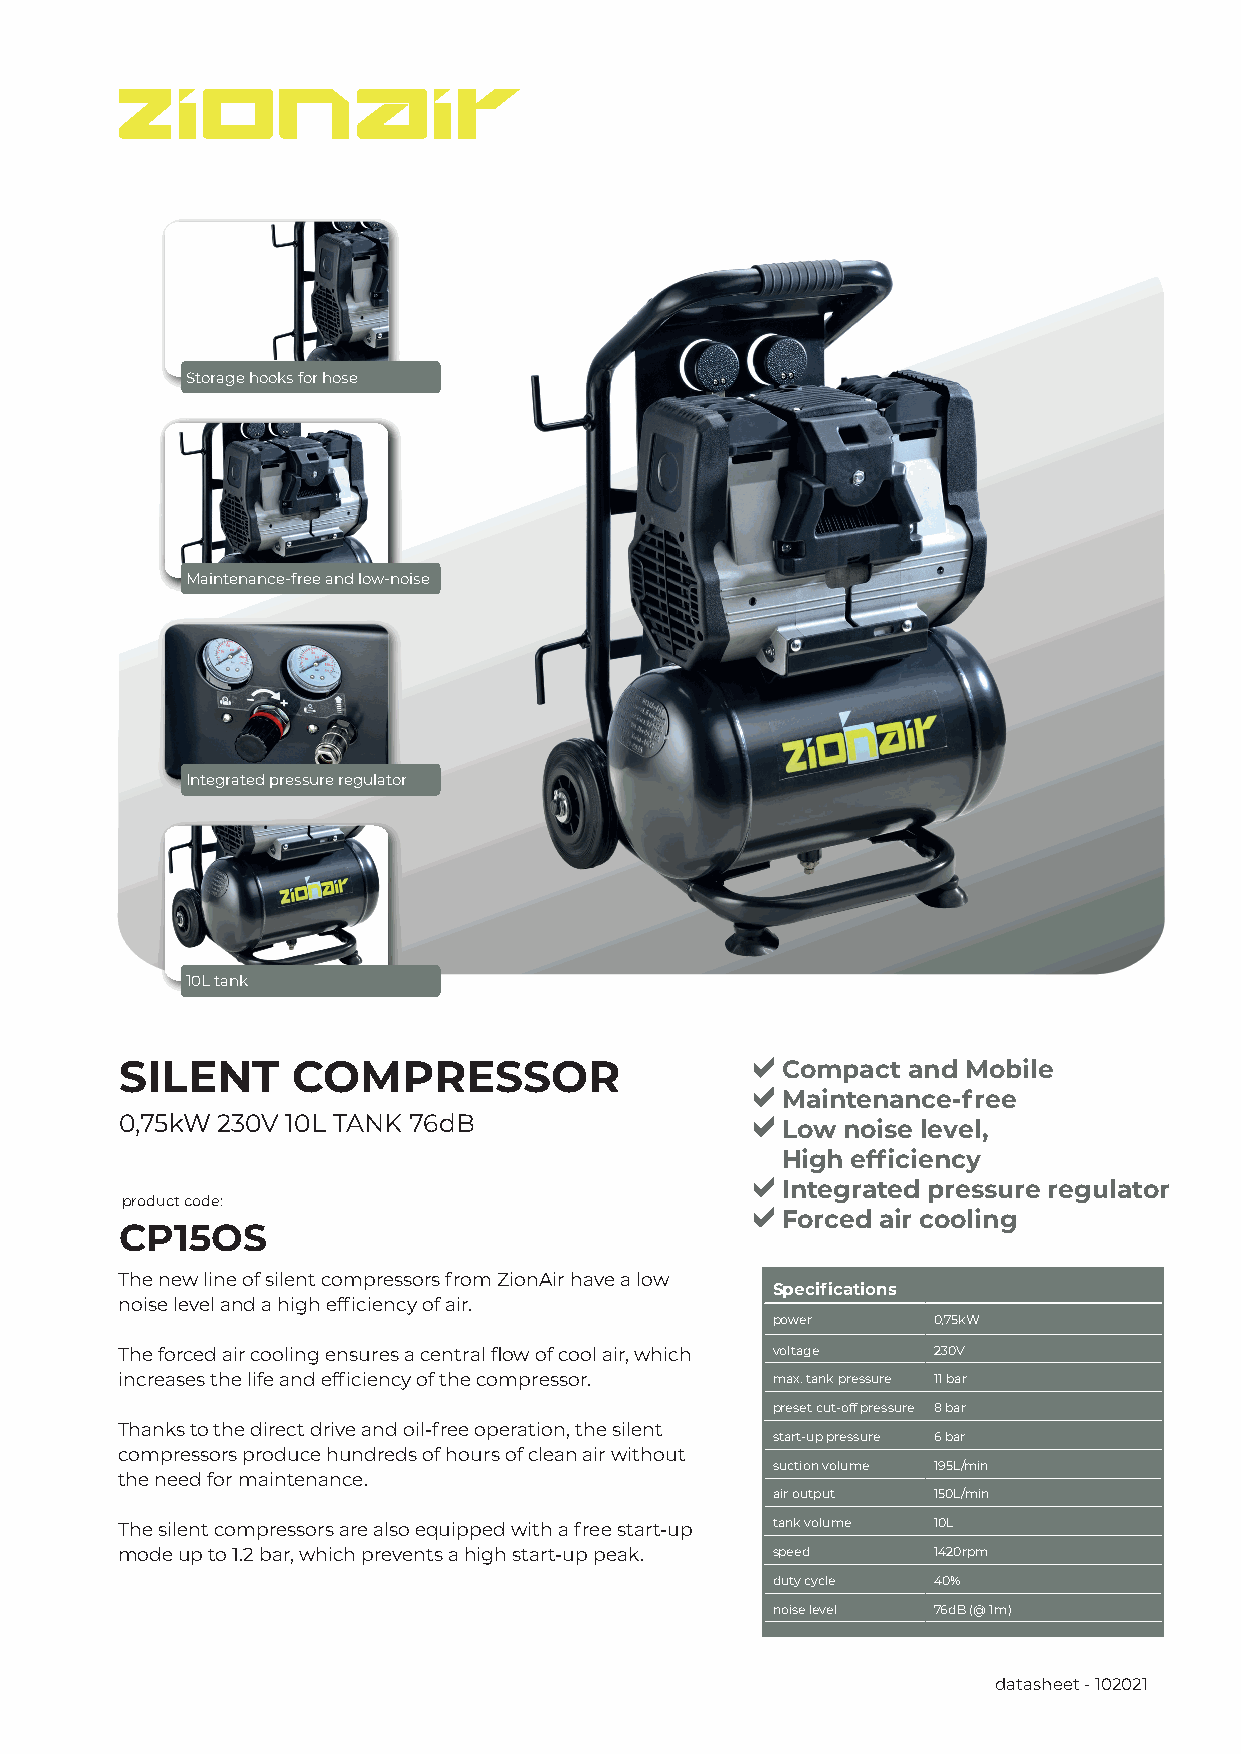
Storage hooks for hose
 Maintenance-free and low-noise
 Integrated pressure regulator
 10L tank
 SILENT     COMPRESSOR                       Compact and Mobile
 Maintenance-free
 0,75kW 230V 10L TANK 76dB
 Low noise level,
 High efficiency
 Integrated pressure regulator
 product code:
 Forced air cooling
 CP15OS
 The new line of silent compressors from ZionAir have a low
 Specifications
 noise level and a high efficiency of air.
 power      0,75kW
 The forced air cooling ensures a central flow of cool air, which voltage 230V
 increases the life and efficiency of the compressor. max. tank pressure 11 bar
 preset cut-off pressure 8 bar
 Thanks to the direct drive and oil-free operation, the silent
 start-up pressure 6 bar
 compressors produce hundreds of hours of clean air without
 suction volume 195L/min
 the need for maintenance.
 air output 150L/min
 The silent compressors are also equipped with a free start-up tank volume 10L
 mode up to 1.2 bar, which prevents a high start-up peak. speed 1420rpm
 duty cycle 40%
 noise level 76dB (@ 1m)
 datasheet - 102021